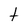
Character: t